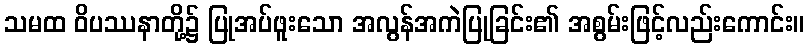
သမထ ဝိပဿနာတို့၌ ပြုအပ်ဖူးသော အလွန်အကဲပြုခြင်း၏ အစွမ်းဖြင့်လည်းကောင်း။